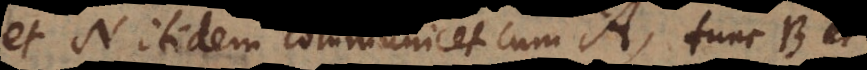
et N itidem communicet cum A, tunc B et